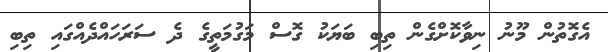
އެގޮތުން މޫނު ނިވާކޮށްގެން ތިބި ބަޔަކު ގޮސް މަގުމަތީގެ ދެ ސަރަހައްދެއްގައި ތިބި